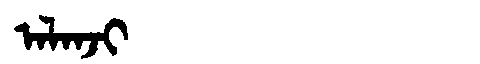
Manchu: ᠠᠯᠠᠨᠵᡳ
Romanization: ALANJI